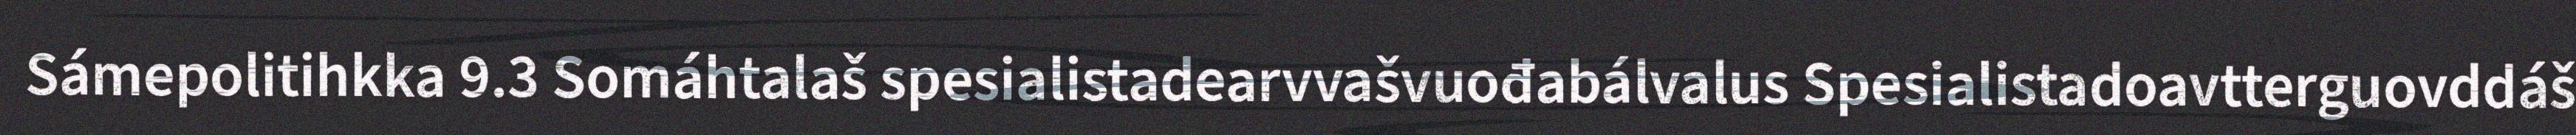
Sámepolitihkka 9.3 Somáhtalaš spesialistadearvvašvuođabálvalus Spesialistadoavtterguovddáš